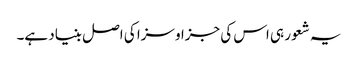
یہ شعور ہی اس کی جزا و سزا کی اصل بنیاد ہے۔